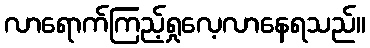
လာရောက်ကြည့်ရှုလေ့လာနေရသည်။